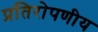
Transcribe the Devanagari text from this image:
प्रतिरोपणीय